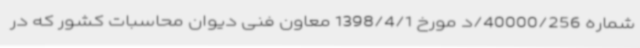
شماره 40000/256/د مورخ 1398/4/1 معاون فنی دیوان محاسبات کشور که در